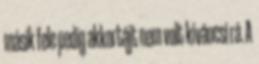
másik fele pedig akkortájt nem volt kíváncsi rá. A